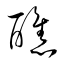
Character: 醮